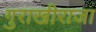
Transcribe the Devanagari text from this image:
गुराखीराजा